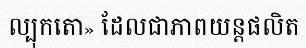
ល្បុកតោ» ដែលជាភាពយន្តផលិត